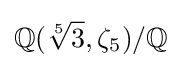
\mathbb {Q} ({\sqrt[{5}]{3}},\zeta _{5})/\mathbb {Q}